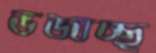
ভজাচ্ছ